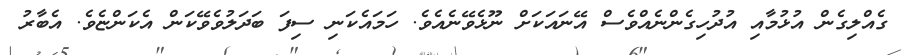
ގެއްލިގެން އުޅުމާއި އުދުހިގެންނެއްވެސް އޭނައަކަށް ނޫޅެވޭނެއެވެ. ހަމައެކަނި ސިފަ ބަދަލުވެވޭކަން އެކަންޏެވެ. އެބާރު